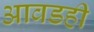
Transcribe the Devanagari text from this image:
आवडही